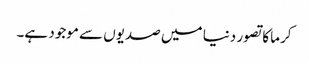
کرما کا تصور دنیا میں صدیوں سے موجود ہے۔